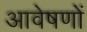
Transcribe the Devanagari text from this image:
आवेषणों